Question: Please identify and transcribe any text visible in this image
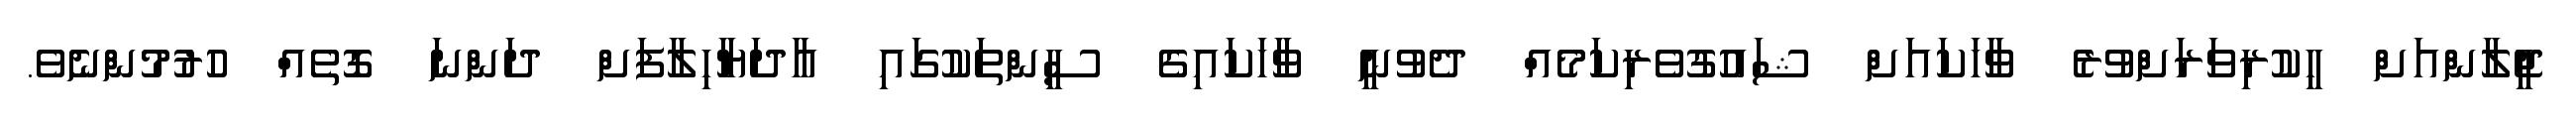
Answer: ޖީލާންއަށް ހީކުރިވަރަށްވުރެ ވާހަކައަށް ޝައުގުވެރިކަމެއް ދެވުނީ ވާހަކައިގެ ސީންތަކުގައި އާދަޔާހިލާފަށް ދަންނަ ގޮތެއް ހުރުމުންނެވެ.